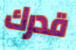
قدرك